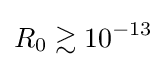
R_{0}\gtrsim 10^{-13}